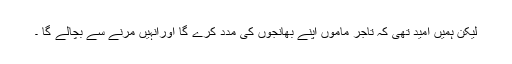
لیکن ہمیں امید تھی کہ تاجر ماموں اپنے بھانجوں کی مدد کرے گا اورانہیں مرنے سے بچالے گا ۔